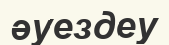
әуездеу